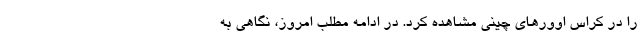
را در کراس اوورهای چینی مشاهده کرد. در ادامه مطلب امروز، نگاهی به